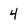
Character: 4